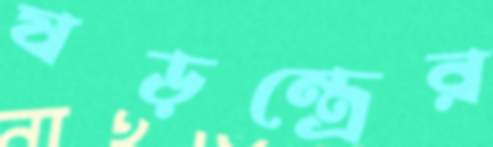
ষড়ন্ত্রের